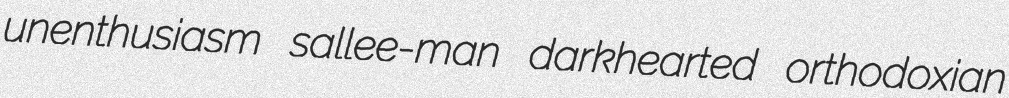
unenthusiasm sallee-man darkhearted orthodoxian